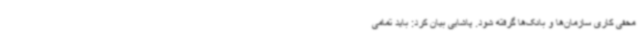
مخفی کاری سازمان‌ها و بانک‌ها گرفته شود. پاشایی بیان کرد: باید تمامی